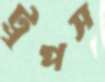
ট্রুপস